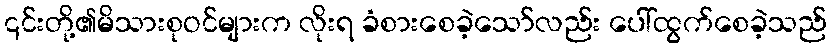
၎င်းတို့၏မိသားစုဝင်များက လိုးရ ခံစားစေခဲ့သော်လည်း ပေါ်ထွက်စေခဲ့သည်